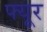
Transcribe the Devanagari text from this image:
फ्यूर